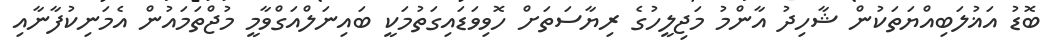
ބޮޑު އަޣުލަބިއްޔަތަކުން ޝާހިދު އާންމު މަޖިލީހުގެ ރިޔާސަތަށް ހޮވިވަޑައިގަތުމަކީ ބައިނަލްއަގްވާމީ މުޖްތަމައުން އެމަނިކުފާނާއި